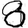
Digit: 8